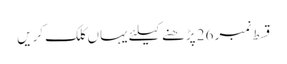
قسط نمبر 26 پڑھنے کیلئے یہاں کلک کریں